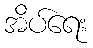
အိပ်ရေး